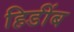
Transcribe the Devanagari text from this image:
हिडींब